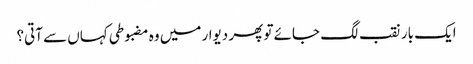
ایک بار نقب لگ جائے تو پھر دیوار میں وہ مضبوطی کہاں سے آتی؟